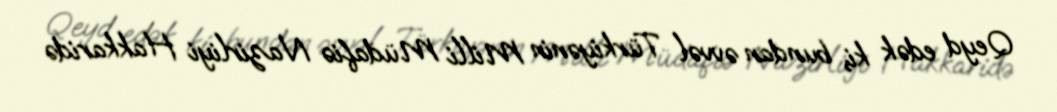
Qeyd edək ki, bundan əvvəl Türkiyənin Milli Müdafiə Nazirliyi Hakkaridə